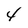
Character: 4